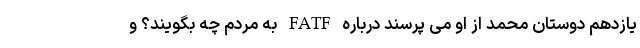
یازدهم دوستان محمد از او می پرسند درباره FATF به مردم چه بگویند؟ و